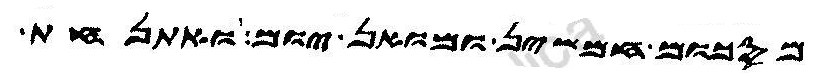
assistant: מסכום חמשין ומואן יום ואתנחת